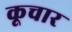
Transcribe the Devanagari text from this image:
कूचार